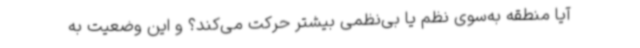
آیا منطقه به‌سوی نظم یا بی‌نظمی بیشتر حرکت می‌کند؟ و این وضعیت به